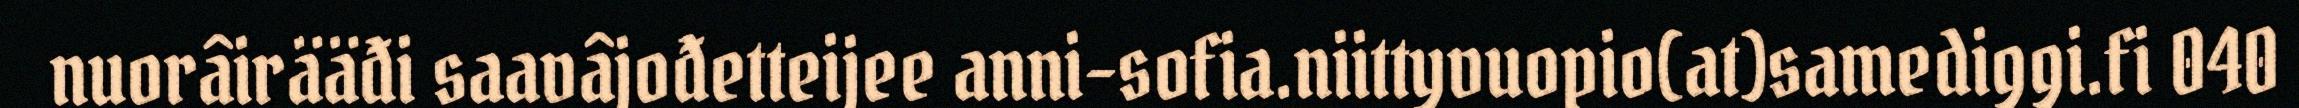
nuorâirääđi saavâjođetteijee anni-sofia.niittyvuopio(at)samediggi.fi 040